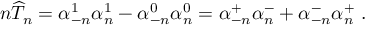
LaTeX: n \widehat T _ { n } = \alpha _ { - n } ^ { 1 } \alpha _ { n } ^ { 1 } - \alpha _ { - n } ^ { 0 } \alpha _ { n } ^ { 0 } = \alpha _ { - n } ^ { + } \alpha _ { n } ^ { - } + \alpha _ { - n } ^ { - } \alpha _ { n } ^ { + } \ .